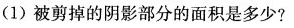
(1)被剪掉的阴影部分的面积是多少?